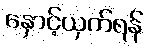
နှောင့်ယှက်ရန်